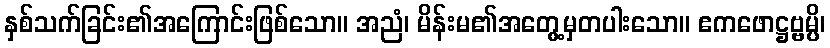
နှစ်သက်ခြင်း၏အကြောင်းဖြစ်သော။ အညံ၊ မိန်းမ၏အတွေ့မှတပါးသော။ ဧကဖောဋ္ဌဗ္ဗမ္ပိ၊